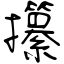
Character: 攥